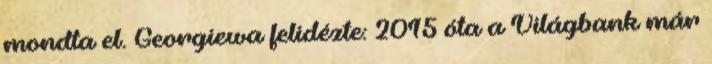
mondta el. Georgiewa felidézte: 2015 óta a Világbank már